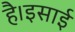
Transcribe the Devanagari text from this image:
है।इसाई